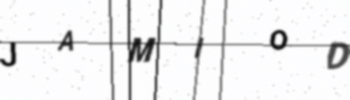
Text: JAMIOD